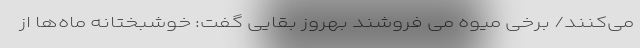
می‌کنند/ برخی میوه می فروشند بهروز بقایی گفت: خوشبختانه ماه‌ها از